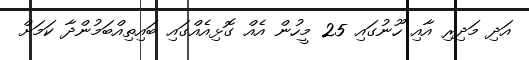
އަދި މަދިރި އާއި ހޫނުގައި 25 މީހުން އެއް ގޮޅިއެއްގައި ބައިތިއްބަމުންދާ ކަމަށް